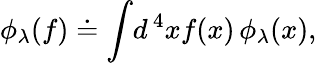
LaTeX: \phi_{\lambda}(f)\doteq\int\! d^{\, 4}xf(x)\, \phi_{\lambda}(x),